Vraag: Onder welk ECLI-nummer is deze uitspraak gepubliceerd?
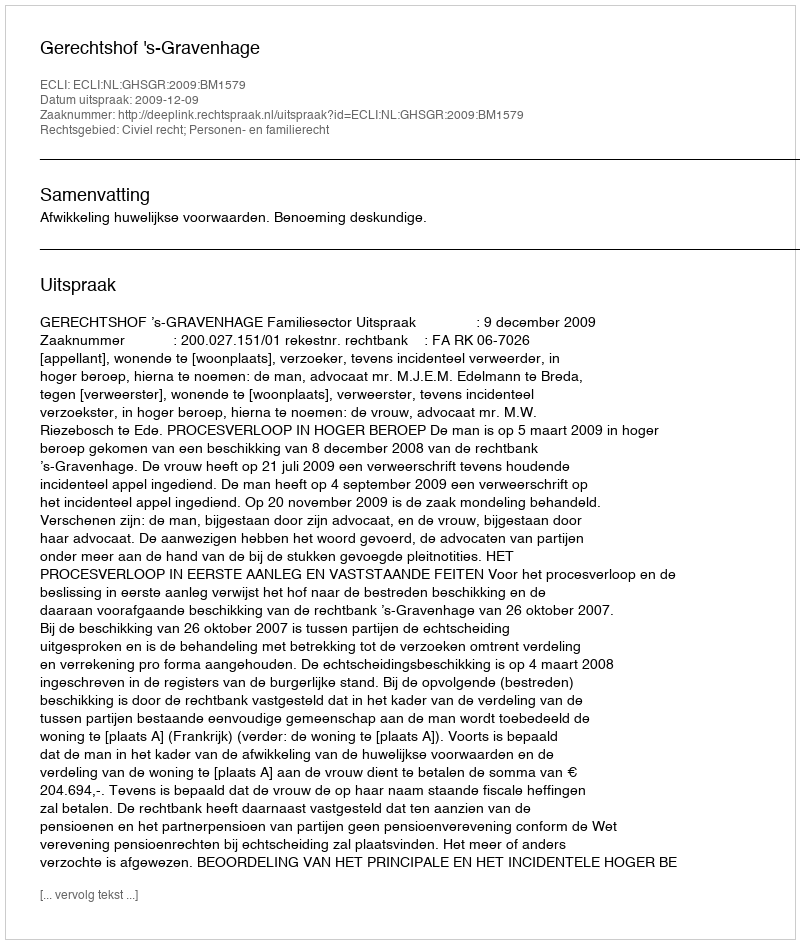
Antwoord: ECLI:NL:GHSGR:2009:BM1579